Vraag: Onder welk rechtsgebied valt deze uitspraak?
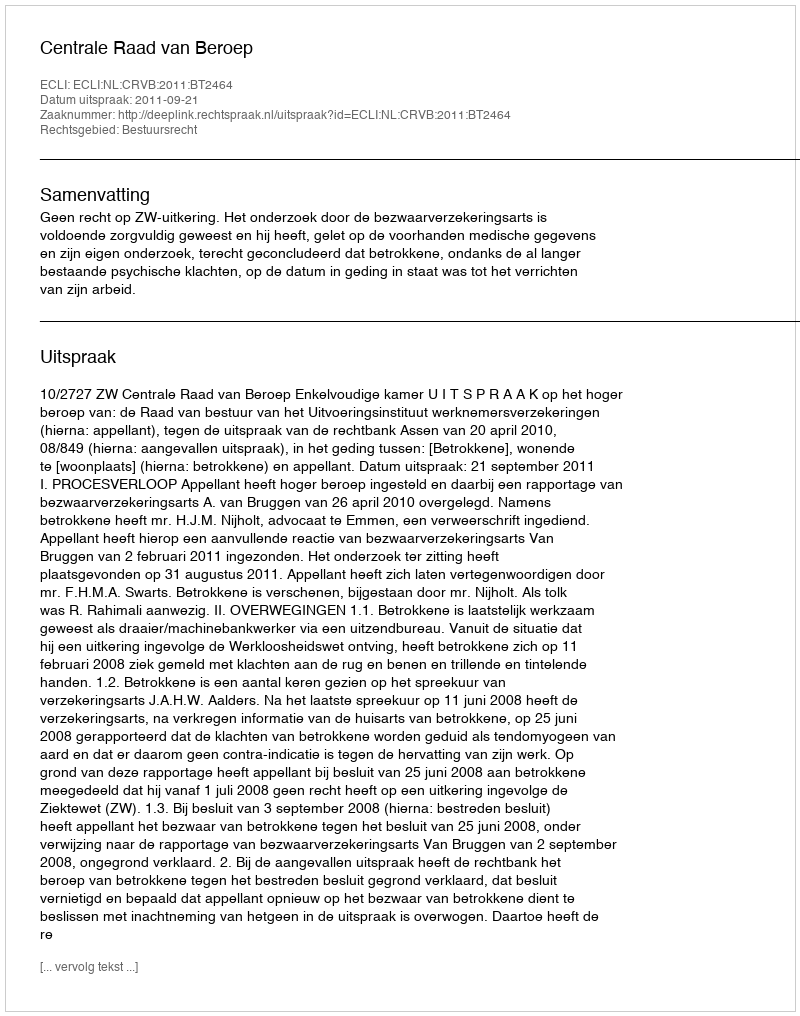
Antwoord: Bestuursrecht